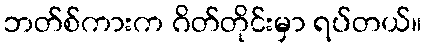
ဘတ်စ်ကားက ဂိတ်တိုင်းမှာ ရပ်တယ်။